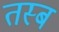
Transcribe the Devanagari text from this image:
तस्ब